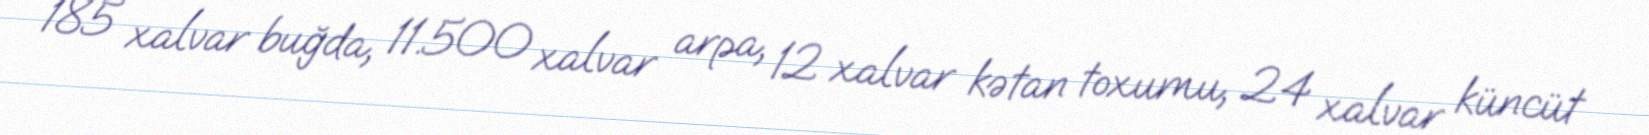
185 xalvar buğda, 11.500 xalvar arpa, 12 xalvar kətan toxumu, 24 xalvar küncüt